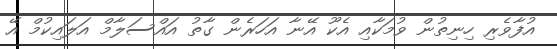
އުފާވެރި ހިނިތުން ވުމަކާއި އެކޫ އޭނާ އަހަރެން ގާތު އައްސަލާމް އަލައިކުމް އޭ